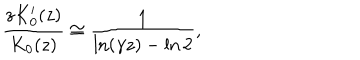
LaTeX: \frac { z K _ { 0 } ^ { \prime } ( z ) } { K _ { 0 } ( z ) } \cong \frac { 1 } { \ln ( \gamma z ) - \ln 2 } ,